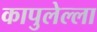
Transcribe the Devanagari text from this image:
कापुलेल्ला